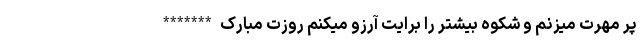
پر مهرت میزنم و شکوه بیشتر را برایت آرزو میکنم روزت مبارک *******